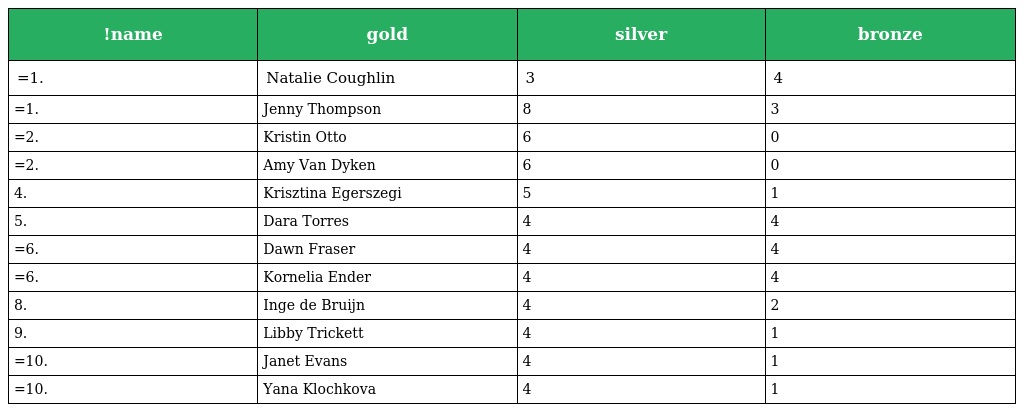
| !name | gold | silver | bronze |
 | --- | --- | --- | --- |
 | =1. | Natalie Coughlin | 3 | 4 |
 | =1. | Jenny Thompson | 8 | 3 |
 | =2. | Kristin Otto | 6 | 0 |
 | =2. | Amy Van Dyken | 6 | 0 |
 | 4. | Krisztina Egerszegi | 5 | 1 |
 | 5. | Dara Torres | 4 | 4 |
 | =6. | Dawn Fraser | 4 | 4 |
 | =6. | Kornelia Ender | 4 | 4 |
 | 8. | Inge de Bruijn | 4 | 2 |
 | 9. | Libby Trickett | 4 | 1 |
 | =10. | Janet Evans | 4 | 1 |
 | =10. | Yana Klochkova | 4 | 1 |